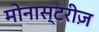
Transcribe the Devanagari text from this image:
मोनास्टरीज़